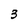
Character: 3